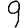
Digit: 9